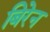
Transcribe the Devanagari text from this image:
बिरेन